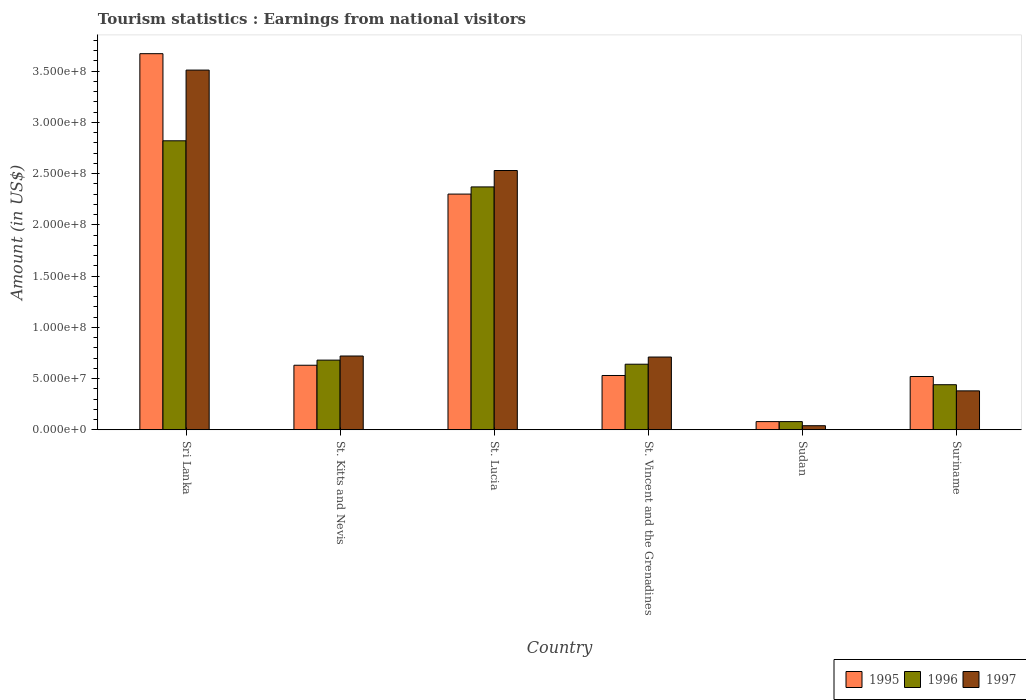
| Country | 1995 | 1996 | 1997 |
 | --- | --- | --- | --- |
 | Sri Lanka | 3.67e+08 | 2.82e+08 | 3.51e+08 |
 | St. Kitts and Nevis | 6.3e+07 | 6.8e+07 | 7.2e+07 |
 | St. Lucia | 2.3e+08 | 2.37e+08 | 2.53e+08 |
 | St. Vincent and the Grenadines | 5.3e+07 | 6.4e+07 | 7.1e+07 |
 | Sudan | 8e+06 | 8e+06 | 4e+06 |
 | Suriname | 5.2e+07 | 4.4e+07 | 3.8e+07 |